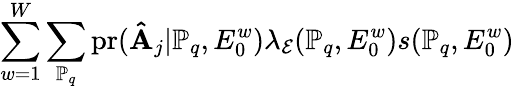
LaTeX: \sum_{w=1}^{W}\sum_{\mathbb{P}_{q}}\mathrm{pr}(\mathbf{\hat{A}}_{j}|\mathbb{P}_{q},E_{0}^{w})\lambda_{\mathcal{E}}(\mathbb{P}_{q},E_{0}^{w})s(\mathbb{P}_{q},E_{0}^{w})